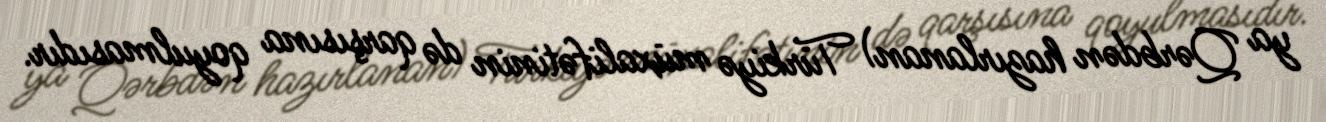
ya Qərbdən hazırlanan) Türkiyə müxalifətinin də qarşısına qoyulmasıdır.